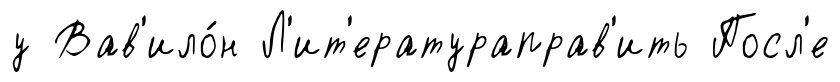
у Вав'ило́н Л'ит'ератураправ'ить Посл'е